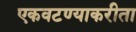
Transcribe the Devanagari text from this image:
एकवटण्याकरीता